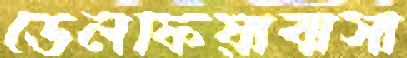
ডেলফিয়াবাসী